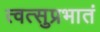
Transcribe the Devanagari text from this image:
त्वत्सुप्रभातं